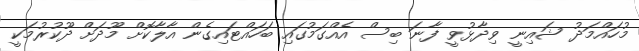
މުހައްމަދު ޝައިނީ ވިދާޅުވީ ފާނަ ބިސް އެއްގަމުގައި ބަހައްޓައިގެން އާލާކޮށް މޫދަށް ދޫކުރުމަކީ